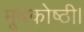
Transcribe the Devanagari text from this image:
मूषकोष्ठी।